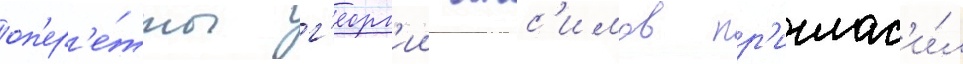
оп'ер'е́тты г'еорг'ии анс'имов пр'иглас'и́л